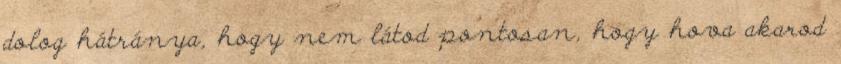
dolog hátránya, hogy nem látod pontosan, hogy hova akarod